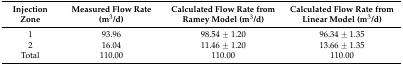
<table><thead><tr><td><b>Injection Zone</b></td><td><b>Measured Flow Rate (m3/d)</b></td><td><b>Calculated Flow Rate from Ramey Model (m3/d)</b></td><td><b>Calculated Flow Rate from Linear Model (m3/d)</b></td></tr></thead><tbody><tr><td>1</td><td>93.96</td><td>98.54 ± 1.20</td><td>96.34 ± 1.35</td></tr><tr><td>2</td><td>16.04</td><td>11.46 ± 1.20</td><td>13.66 ± 1.35</td></tr><tr><td>Total</td><td>110.00</td><td>110.00</td><td>110.00</td></tr></tbody></table>